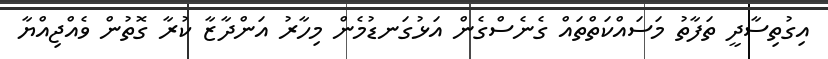
އިގުތިސާދީ ތަފާތު މަސައްކަތްތައް ގެނެސްގެން އަޅުގަނޑުމެން މިހާރު އަންދާޒާ ކުރާ ގޮތުން ވެއްޖިއްޔާ